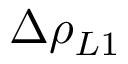
\Delta \rho _ { L 1 }